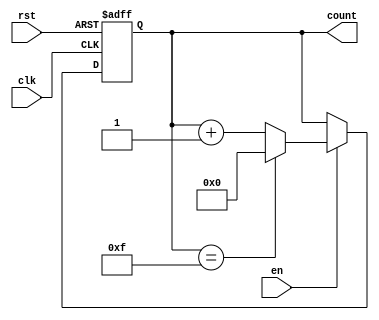
module MemoryBlocksSynchronousCounter (
    input wire clk,          // Clock input
    input wire rst,          // Reset input (active high)
    input wire en,           // Enable input (active high)
    output reg [3:0] count   // 4-bit counter output (adjust width as needed)
);

// Maximum count value for a 4-bit counter is 15 (0-15)
localparam MAX_COUNT = 4'b1111;

always @(posedge clk or posedge rst) begin
    if (rst) begin
        count <= 4'b0000; // Reset the counter to 0
    end else if (en) begin
        if (count == MAX_COUNT) begin
            count <= 4'b0000; // Roll over to 0 when max count is reached
        end else begin
            count <= count + 1; // Increment the counter
        end
    end
end

endmodule